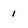
Character: 1